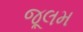
જૂલમ